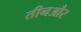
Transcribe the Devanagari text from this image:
तीनऔर